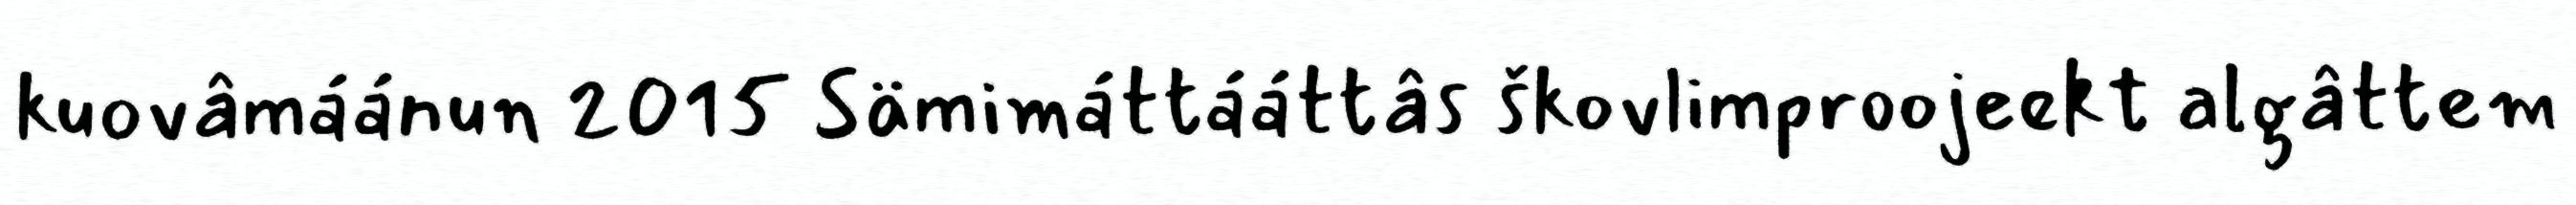
kuovâmáánun 2015 Sämimáttááttâs škovlimproojeekt algâttem